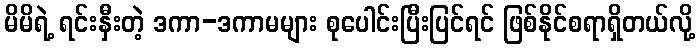
မိမိရဲ့ ရင်းနှီးတဲ့ ဒကာ-ဒကာမများ စုပေါင်းပြီးပြင်ရင် ဖြစ်နိုင်စရာရှိတယ်လို့